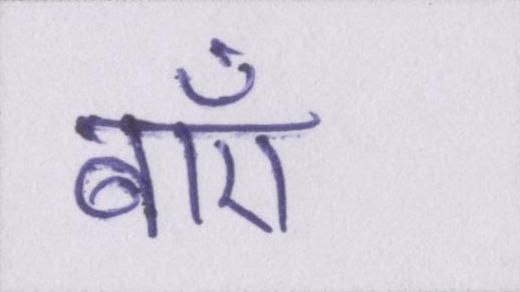
बाएँ